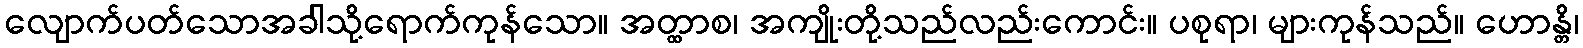
လျောက်ပတ်သောအခါသို့ရောက်ကုန်သော။ အတ္ထာစ၊ အကျိုးတို့သည်လည်းကောင်း။ ပစုရာ၊ များကုန်သည်။ ဟောန္တိ၊